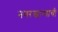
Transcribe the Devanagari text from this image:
नगरखान्याची